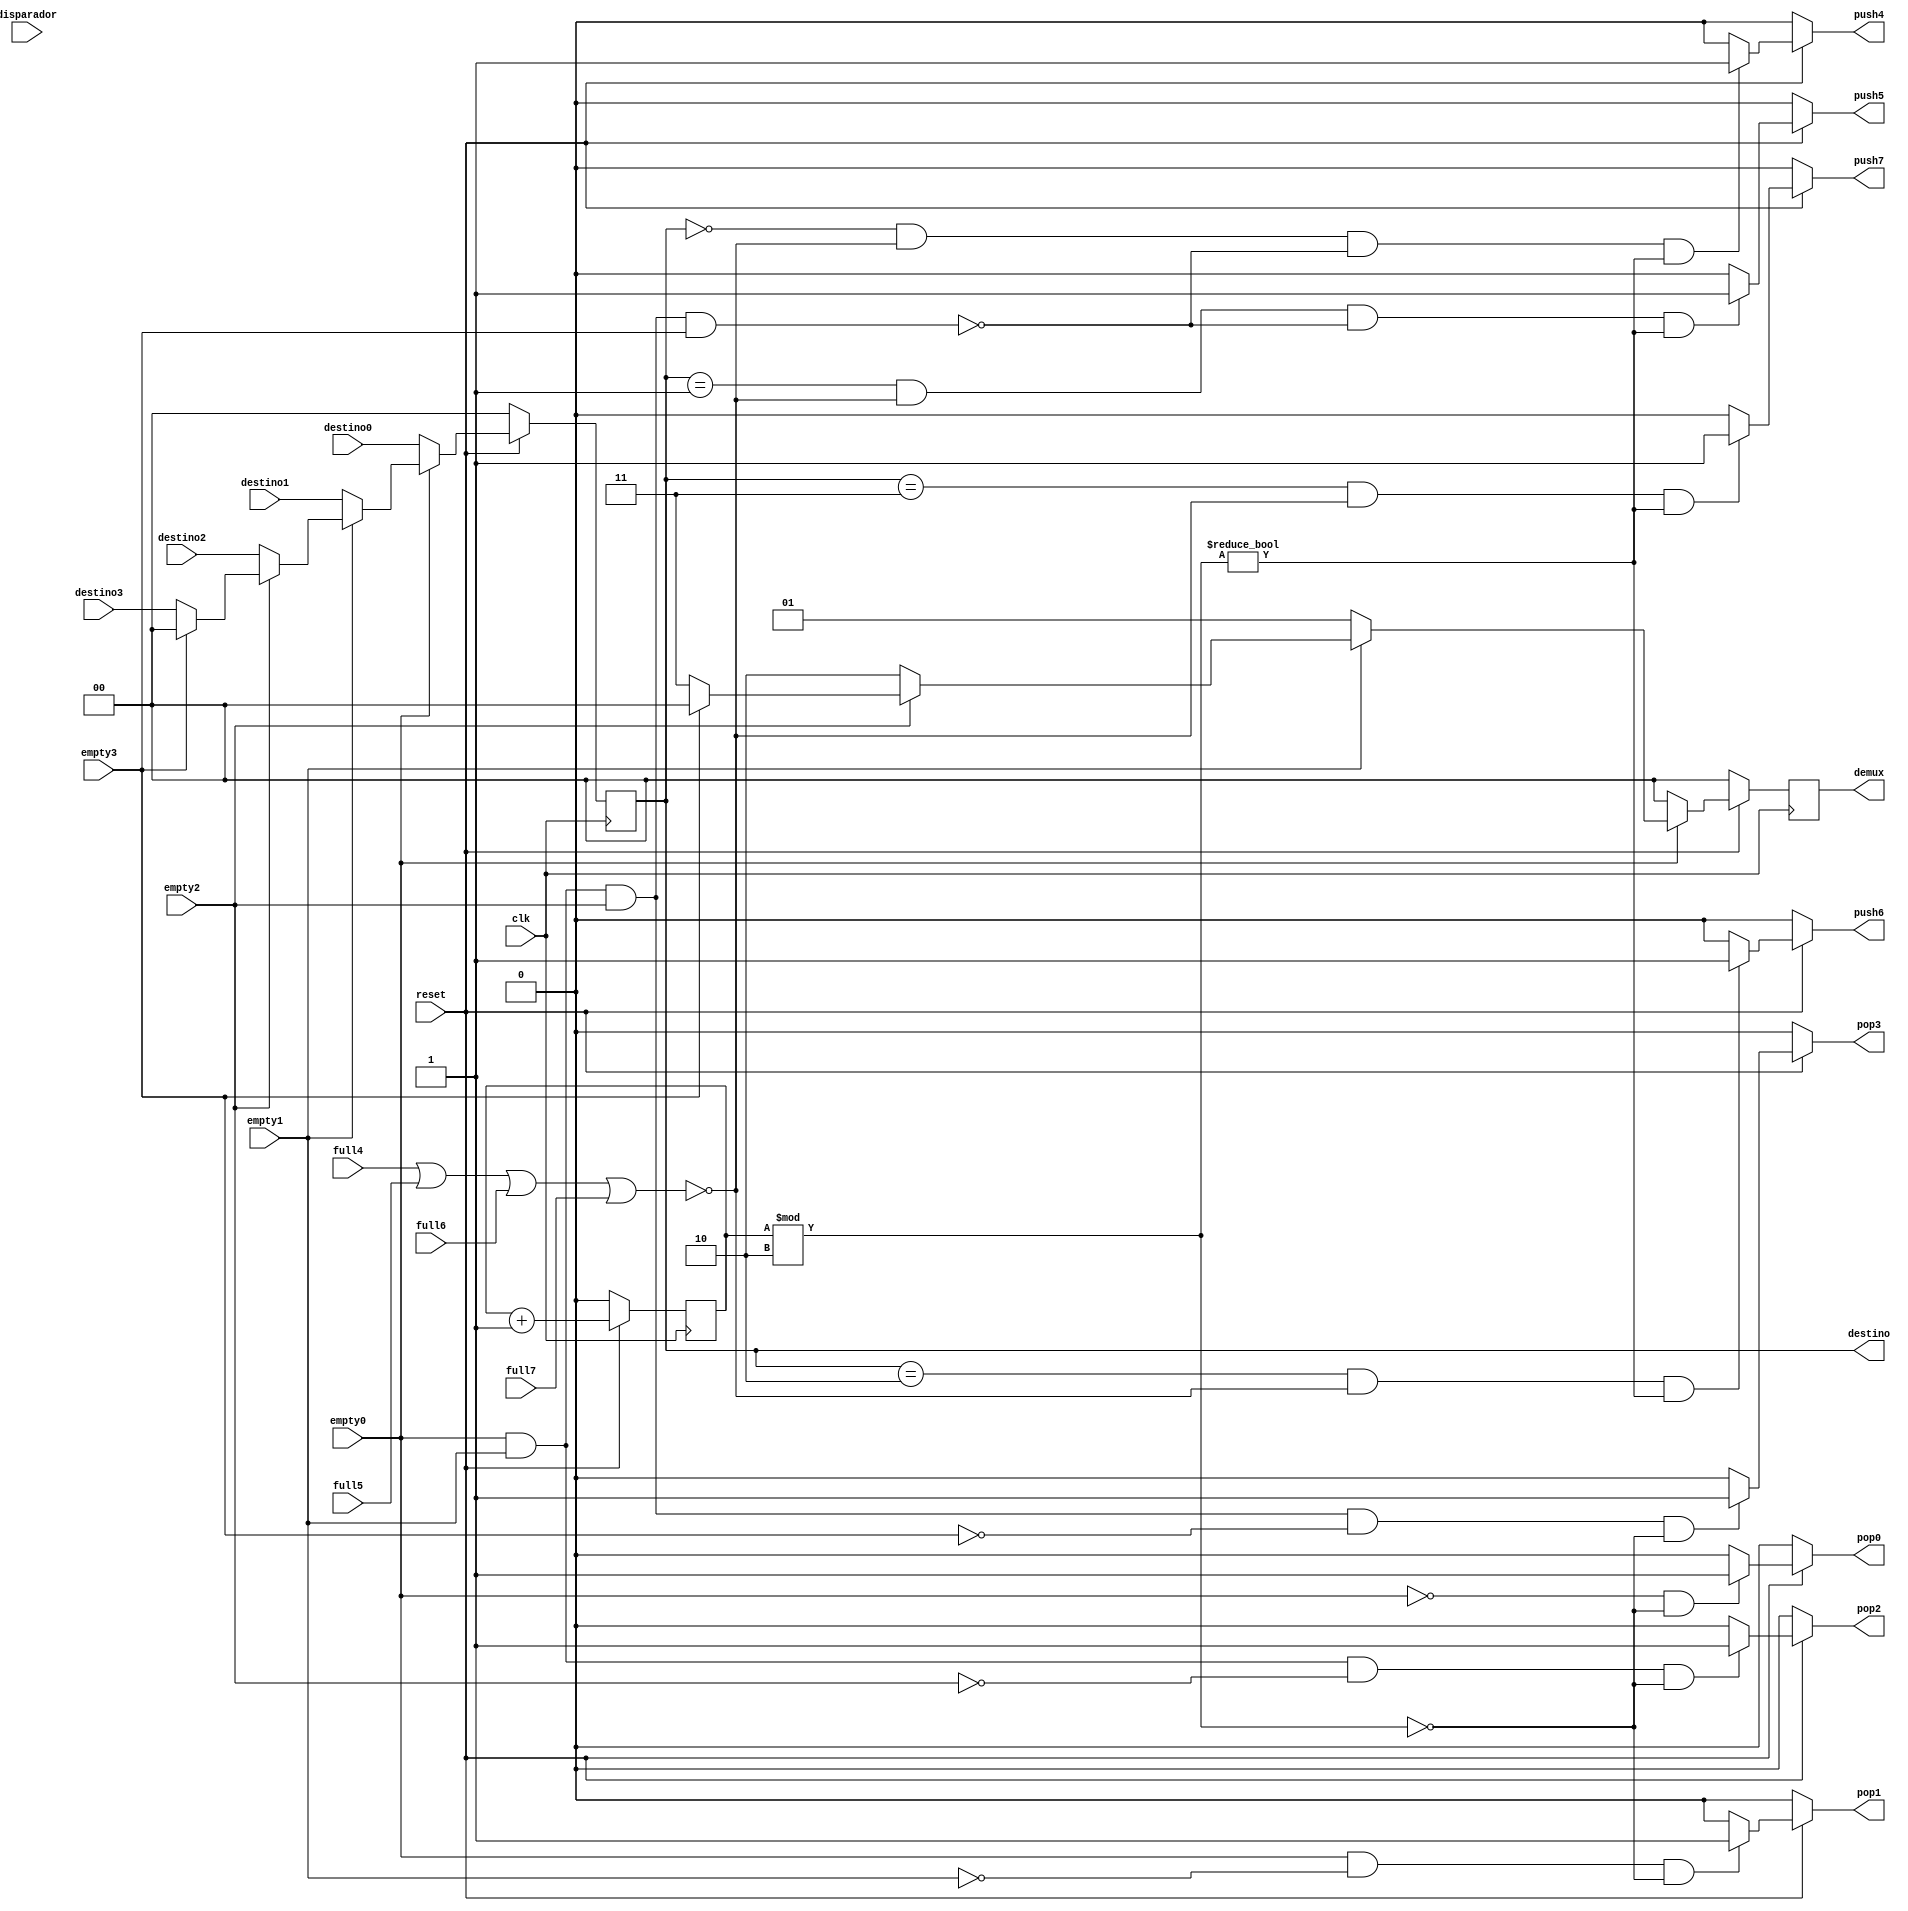
/* ARBITRO FINAL REALIZADO POR:
 * FREDDY ZUNIGA PARA EL PROYECTO 2 DE CIRCUITOS DIGITALES II
 * I SEMESTRE 2021 UNIVERSIDAD DE COSTA RICA */

module arbitro( output reg       pop0, pop1, pop2, pop3,
		output reg 	 push4, push5, push6, push7,
		output reg [1:0] demux, destino,
		input wire 	 empty0, empty1, empty2, empty3,
		input wire 	 full4, full5, full6, full7,
		input wire 	 disparador,
		input wire [1:0] destino0, destino1, 
		input wire [1:0] destino2, destino3,
		input wire 	 reset, clk );

   //reg [1:0]   destino;
   wire        all_emptys = empty0 && empty1 && empty2 && empty3;

   reg 	       counter_control;
   reg 	       pulso_counter, inicio_counter;
   wire 	       full;
   assign full = full4 | full5 | full6 | full7;
   
   
   
   
   always @( posedge clk ) begin
      if( !reset ) begin
	 counter_control <= 0;
      end
      else begin
	 counter_control <= counter_control + 1;
      end
   end

   


   always @( * ) begin
      if( !reset ) begin
	 push4 = 0;
      end
      else begin
	 if( destino == 0 && !full && !all_emptys 
	     && counter_control % 2 != 0
	     /*&& destino0 != 2'b00*/ ) begin
	    push4 = 1;
	 end
	 else begin
	    push4 = 0;
	 end
      end // else: !if( !reset )
   end // always @ ( * )
   
   always @( * ) begin
      if( !reset ) begin
	 push5 = 0;
      end
      else begin
	 if( destino == 1 && !full && !all_emptys 
	     && counter_control % 2 != 0) begin
	    push5 = 1;
	 end
	 else begin
	    push5 = 0;
	 end
      end // else: !if( !reset )
   end // always @ ( * )

   always @( * ) begin
      if( !reset ) begin
	 push6 = 0;
      end
      else begin
	 if( destino == 2 && !full 
	     && counter_control % 2 != 0 ) begin
	    push6 = 1;
	 end
	 else begin
	    push6 = 0;
	 end
      end // else: !if( !reset )
   end // always @ ( * )

   always @( * ) begin
      if( !reset ) begin
	 push7 = 0;
      end
      else begin
	 if( destino == 3 && !full 
	     && counter_control % 2 != 0 ) begin
	    push7 = 1;
	 end
	 else begin
	    push7 = 0;
	 end
      end // else: !if( !reset )
   end // always @ ( * )
   

   always @( posedge clk ) begin
      if( !reset ) begin
	 demux <= 2'b00;
	 destino <= 2'b00;
      end
      else begin
	 if( !empty0 ) begin
	    demux <= 2'b00;
	    destino <= destino0;
	 end
	 else begin
	    if( !empty1 ) begin
	       demux <= 2'b01;
	       destino <= destino1;
	    end
	    else begin
	       if( !empty2 ) begin
		  demux <= 2'b10;
		  destino <= destino2;
	       end
	       else begin
		  if( !empty3 ) begin
		     demux <= 2'b11;
		     destino <= destino3;
		  end
		  else begin
		     demux <= 2'b00;
		     destino <= 2'b00;
		  end
	       end // else: !if( !empty2 )
	    end // else: !if( !empty1 )
	 end // else: !if( !empty0 )
      end // else: !if( !reset )
   end // always @ ( * )
   

	       
   always @( * ) begin
      if( !reset ) begin
	 pop0 = 0;
      end
      else begin
	 if( !empty0 && counter_control % 2 == 0 ) begin
	    pop0 = 1;
	 end
	 else begin
	    pop0 = 0;
	 end
      end // else: !if( !reset )
   end // always @ ( * )

   always @( * ) begin
      if( !reset ) begin
	 pop1 = 0;
      end
      else begin
	 if( empty0 && !empty1 
	     && counter_control % 2 == 0 ) begin
	    pop1 = 1;
	 end
	 else begin
	    pop1 = 0;
	 end
      end // else: !if( !reset )
   end // always @ ( * )
   
   
   always @( * ) begin
      if( !reset ) begin
	 pop2 = 0;
      end
      else begin
	 if( empty0 && empty1 && !empty2 
	     && counter_control % 2 == 0) begin
	    pop2 = 1;
	 end
	 else begin
	    pop2 = 0;
	 end
      end // else: !if( !reset )
   end // always @ ( * )

   
   always @( * ) begin
      if( !reset ) begin
	 pop3 = 0;
      end
      else begin
	 if( empty0 && empty1 && empty2 && !empty3 
	     && counter_control % 2 == 0) begin
	    pop3 = 1;
	 end
	 else begin
	    pop3 = 0;
	 end
      end // else: !if( !reset )
   end // always @ ( * )

	     
endmodule // arbitro